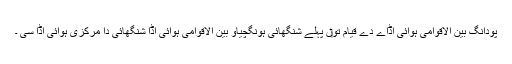
پودانگ بین الاقوامی ہوائی اڈاے دے قیام تو‏ں پہلے شنگھائی ہونگچیاو بین الاقوامی ہوائی اڈا شنگھائی دا مرکزی ہوائی اڈا سی ۔